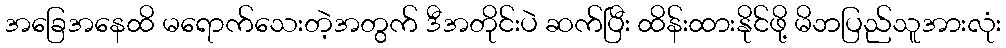
အခြေအနေထိ မရောက်သေးတဲ့အတွက် ဒီအတိုင်းပဲ ဆက်ပြီး ထိန်းထားနိုင်ဖို့ မိဘပြည်သူအားလုံး